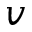
v